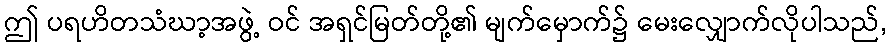
ဤ ပရဟိတသံဃာ့အဖွဲ့ ဝင် အရှင်မြတ်တို့၏ မျက်မှောက်၌ မေးလျှောက်လိုပါသည်,